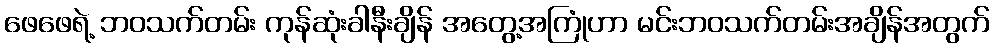
ဖေဖေရဲ့ ဘဝသက်တမ်း ကုန်ဆုံးခါနီးချိန် အတွေ့အကြုံဟာ မင်းဘဝသက်တမ်းအချိန်အတွက်